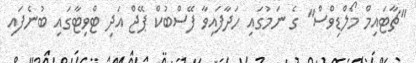
"ޗާޓައިމް މޯލްޑިވްސް" ގެ ނަމުގައި ހަދާފައިވާ ފޭސްބުކް ޕޭޖް އަދި ޓްވިޓާގައި ބުނެފައި